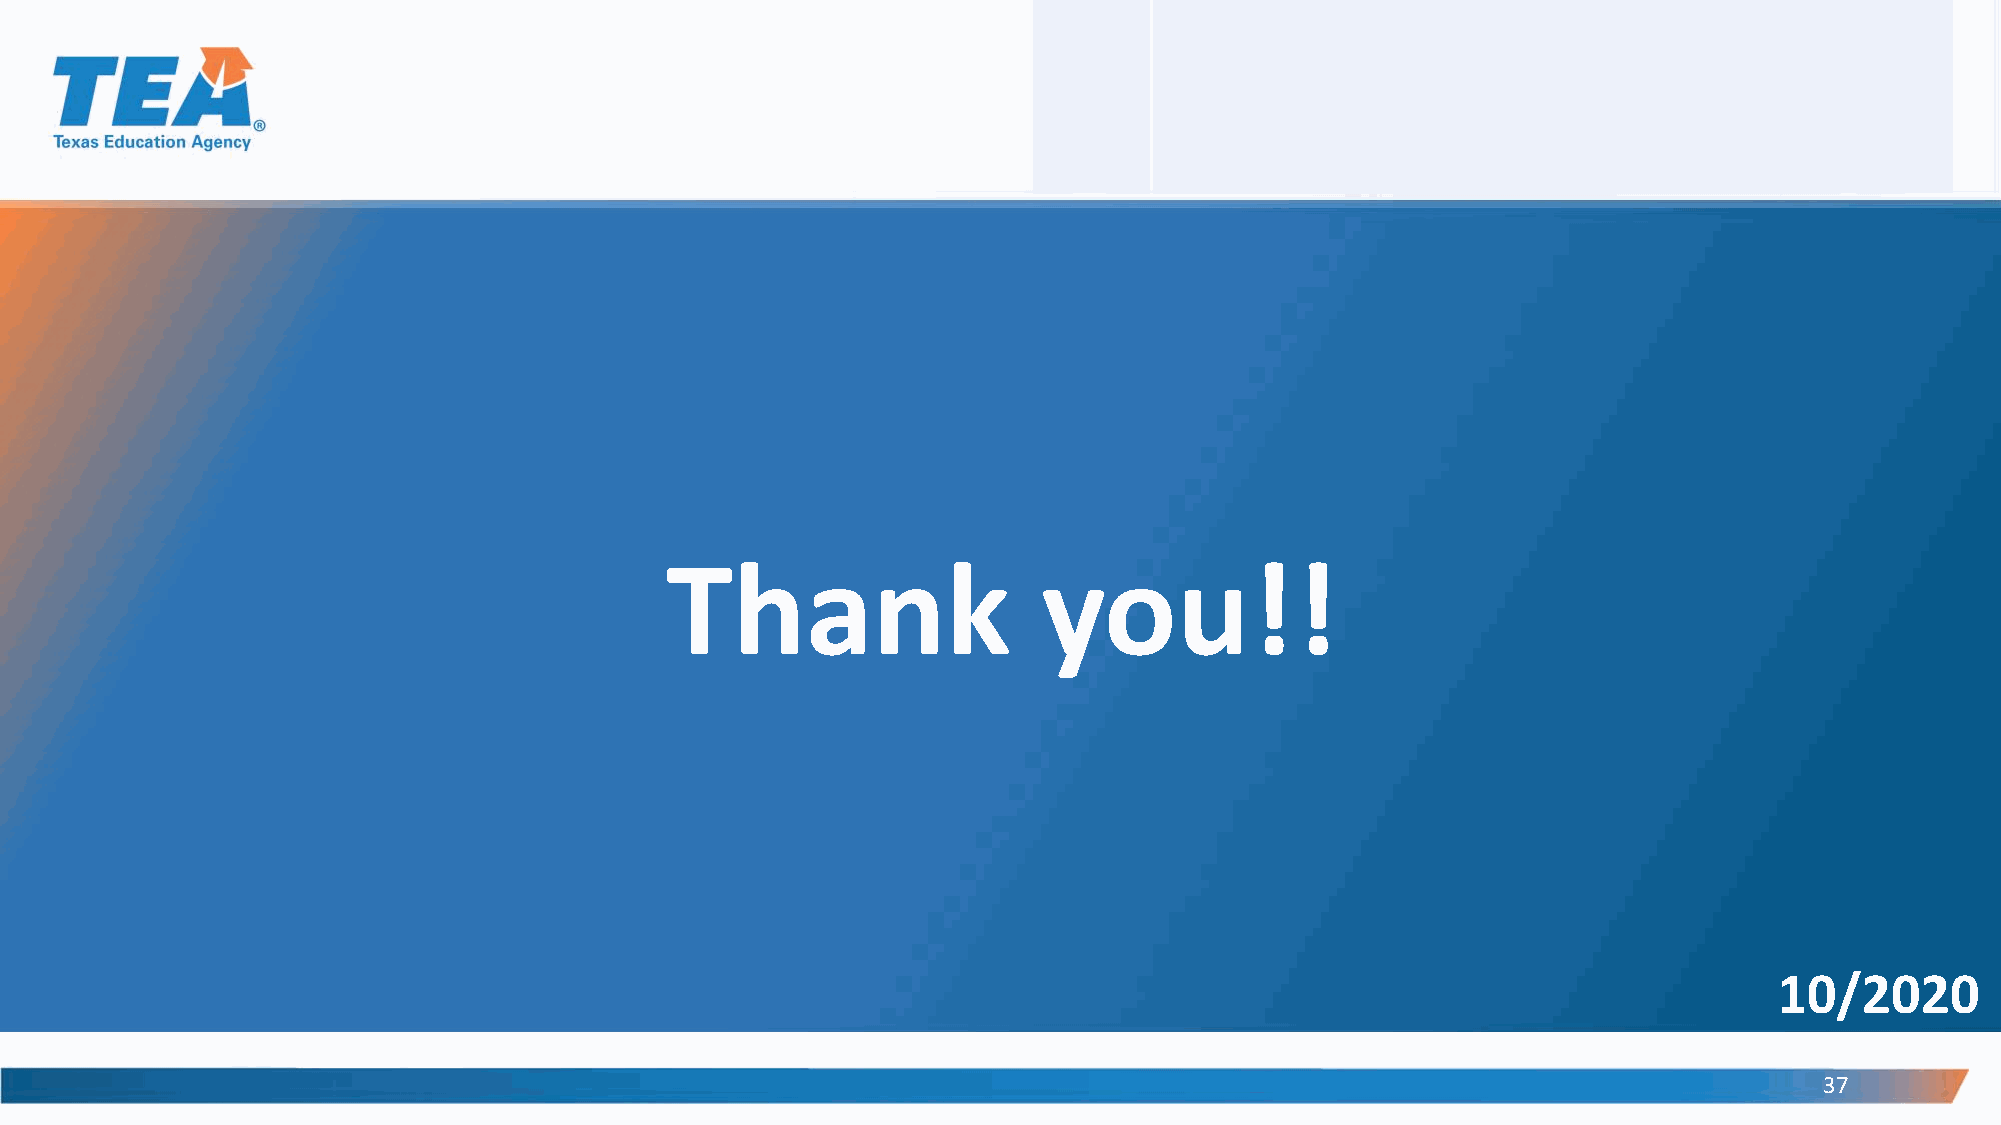
Thank                    you!!
 10/2020
 37